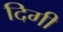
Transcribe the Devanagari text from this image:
दिगी